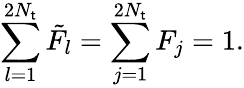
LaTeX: \sum_{l=1}^{2N_{\mathsf{t}}}{{\tilde{{F}}}_{l}}=\sum_{j=1}^{2N_{\mathsf{t}}}{F_{j}}=1.